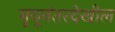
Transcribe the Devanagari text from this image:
मृयूनंतरदेखील